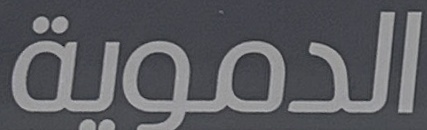
الدموية